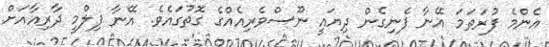
އެންމެ ފުރަތަމަ އޭނާ ފެނިގެން ދިިޔައީ ނޫސްވެރިއެއްގެ ގޮތުގައެވެ. އޭނާ ފިލްމީ ދާރިއާއަށް